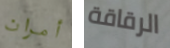
أمران الرقاقة